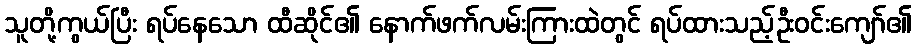
သူတို့ကွယ်ပြီး ရပ်နေသော ထီဆိုင်၏ နောက်ဖက်လမ်းကြားထဲတွင် ရပ်ထားသည့်ဦးဝင်းကျော်၏